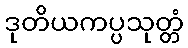
ဒုတိယကပ္ပသုတ္တံ